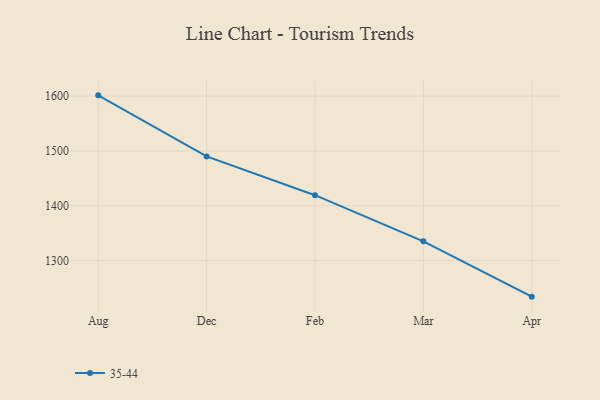
{"axis": {"x": "Month", "y": "Gross Profit (USD K)"}, "legend": ["35-44"], "data": [{"x": "Aug", "y": 1601.4, "type": "35-44"}, {"x": "Dec", "y": 1490.1, "type": "35-44"}, {"x": "Feb", "y": 1419.3, "type": "35-44"}, {"x": "Mar", "y": 1335.2, "type": "35-44"}, {"x": "Apr", "y": 1234.3, "type": "35-44"}]}